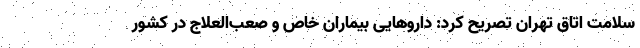
سلامت اتاق تهران تصریح کرد: داروهایی بیماران خاص و صعب‌العلاج در کشور